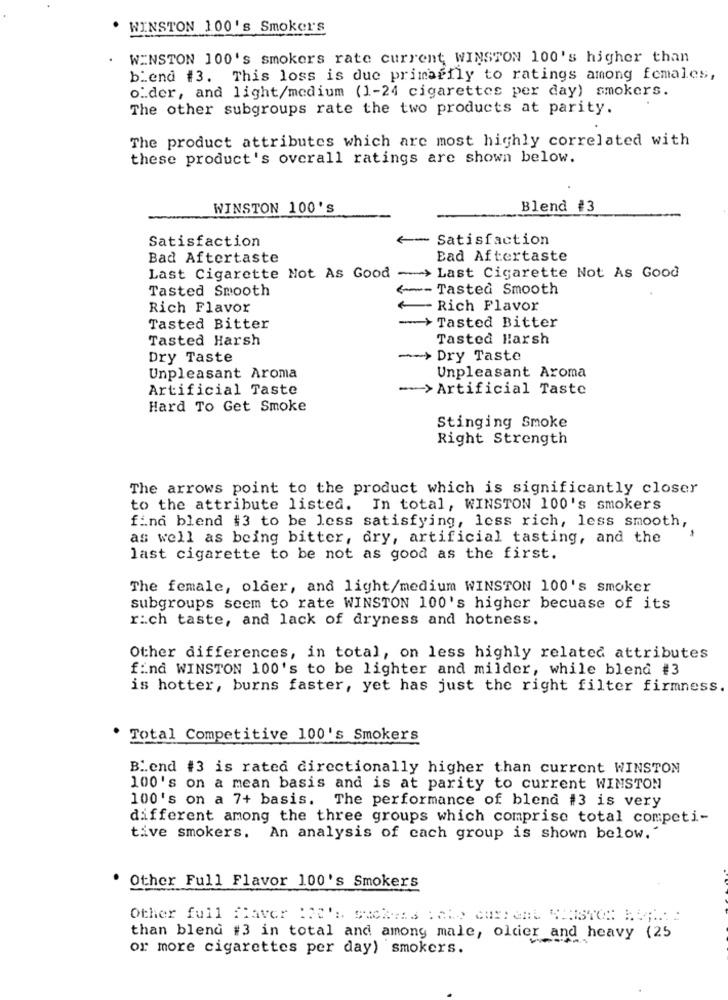
WINSTON 100's Smokers
WINSTON 100's smokers rate current WINSTON 100's higher than
biend #3. This loss is due primarily to ratings among females,
o.der, and light/medium (1-24 cigarettes per day) smokers.
The other subgroups rate the two products at parity.
The product attributes which are most highly correlated with
these product's overall ratings are shown below.
WINSTON 100's
Blend #3
Satisfaction
Satisfaction
Bad Aftertaste
Ead Aftertaste
Last Cigarette Not As Good ->
Last Cigarette Not As Good
Tasted Smooth
<--- Tasted Smooth
Rich Flavor
Rich Flavor
--- > Tasted Bitter
Tasted Bitter
Tasted Harsh
Tasted Harsh
Dry Taste
->> Dry Taste
Unpleasant Aroma
Unpleasant Aroma
Artificial Taste
->Artificial Taste
Hard To Get Smoke
Stinging Smoke
Right Strength
The arrows point to the product which is significantly closer
to the attribute listed. In total, WINSTON 100's smokers
find blend #3 to be less satisfying, less rich, less smooth,
as well as being bitter, dry, artificial tasting, and the
last cigarette to be not as good as the first.
The female, older, and light/medium WINSTON 100's smoker
subgroups seem to rate WINSTON 100's higher becuase of its
r:ch taste, and lack of dryness and hotness.
Other differences, in total, on less highly related attributes
find WINSTON 100's to be lighter and milder, while blend #3
is hotter, burns faster, yet has just the right filter firmness.
Total Competitive 100's Smokers
Bi.end #3 is rated directionally higher than current WINSTON
100's on a mean basis and is at parity to current WINSTON
100's on a 7+ basis. The performance of blend #3 is very
different among the three groups which comprise total competi-
tive smokers. An analysis of cach group is shown below."
Other Full Flavor 100's Smokers
Other full flavor I.e' :. Suchas : Alo Car: ant WINSTON: HO ;.: :
than blend #3 in total and among male, older and heavy (25
or more cigarettes per day) smokers.